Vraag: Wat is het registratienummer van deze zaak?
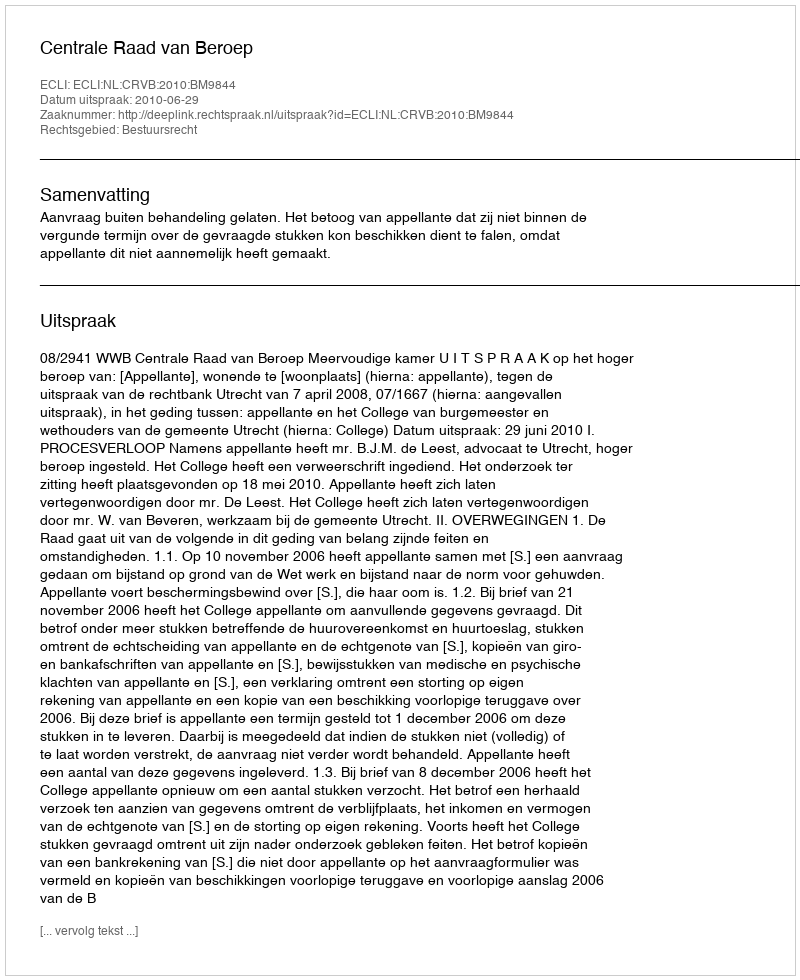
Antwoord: http://deeplink.rechtspraak.nl/uitspraak?id=ECLI:NL:CRVB:2010:BM9844